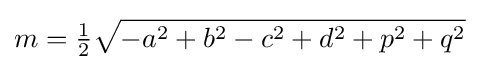
m={\tfrac {1}{2}}{\sqrt {-a^{2}+b^{2}-c^{2}+d^{2}+p^{2}+q^{2}}}